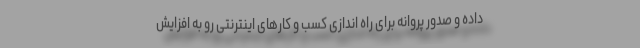
داده و صدور پروانه برای راه اندازی کسب و کارهای اینترنتی رو به افزایش